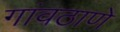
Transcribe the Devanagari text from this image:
गांवठाणे